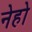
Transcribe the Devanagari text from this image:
नेहो